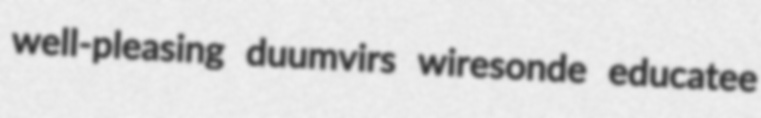
well-pleasing duumvirs wiresonde educatee